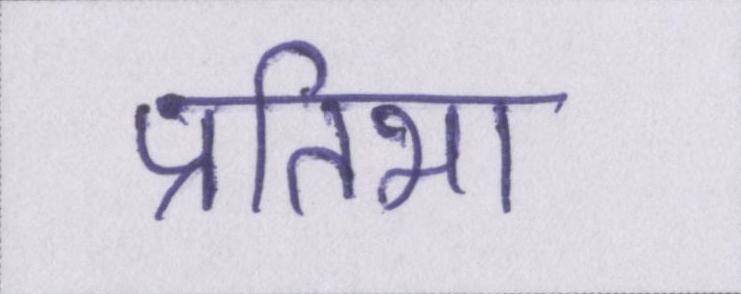
प्रतिभा